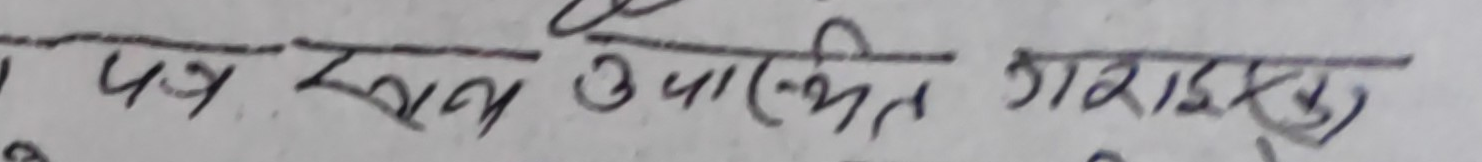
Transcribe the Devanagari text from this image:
पत्र खाना उपस्थित गराइराख्नु